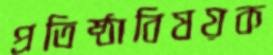
প্রতিষ্ঠাবিষয়ক